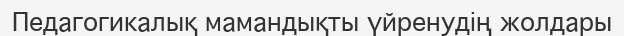
Педагогикалық мамандықты үйренудің жолдары